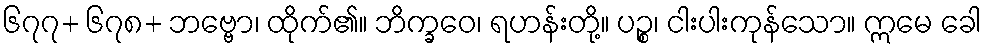
၆၇၇+ ၆၇၈+ ဘဗ္ဗော၊ ထိုက်၏။ ဘိက္ခဝေ၊ ရဟန်းတို့။ ပဉ္စ၊ ငါးပါးကုန်သော။ ဣမေ ခေါ